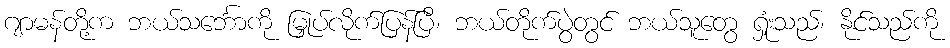
ဂျာမန်တို့က ဘယ်သင်္ဘောကို မြှုပ်လိုက်ပြန်ပြီ၊ ဘယ်တိုက်ပွဲတွင် ဘယ်သူတွေ ရှုံးသည်၊ နိုင်သည်ကို